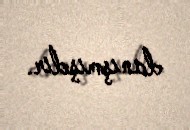
danışmışdır.